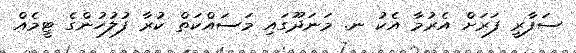
ސަފާރީ ފަރަށް އެރުމާ އެކު ނ. މަނަދޫގައި މަސައްކަތް ކުރާ ފުލުހުންގެ ޓީމެއް